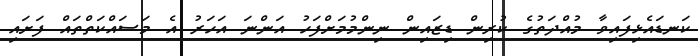
ކަނޑައެޅިފައިވާ މުއްދަތުގެ ކުރިން ޑިޒައިން ނިންމުމަށްފަހު އަންނަ އަހަރު އެ މަސައްކަތްތައް ފަށައި